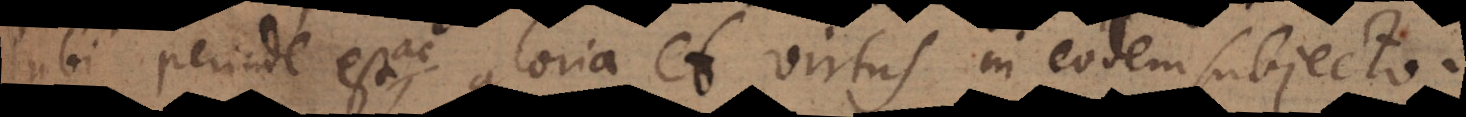
ubi perinde est gloria et virtus in eodem subjecto.